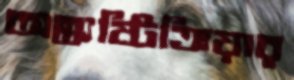
অন্ত্যষ্টিক্রিয়ার